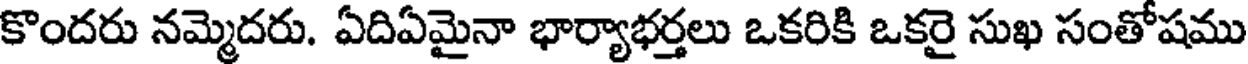
కొందరు నమ్మెదరు. ఏదిఏమైనా భార్యాభర్తలు ఒకరికి ఒకరై సుఖ సంతోషము